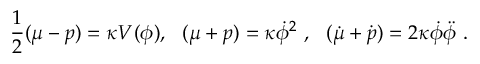
\frac { 1 } { 2 } ( \mu - p ) = \kappa V ( \phi ) , ~ ~ ( \mu + p ) = \kappa \dot { \phi } ^ { 2 } ~ , ~ ~ ( \dot { \mu } + \dot { p } ) = 2 \kappa \dot { \phi } \ddot { \phi } ~ .